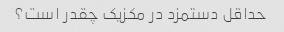
حداقل دستمزد در مکزیک چقدر است؟